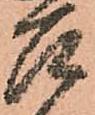
召